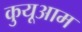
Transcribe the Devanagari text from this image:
कुयूआम